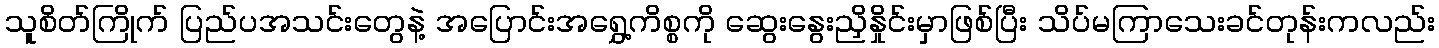
သူစိတ်ကြိုက် ပြည်ပအသင်းတွေနဲ့ အပြောင်းအရွှေ့ကိစ္စကို ဆွေးနွေးညှိနှိုင်းမှာဖြစ်ပြီး သိပ်မကြာသေးခင်တုန်းကလည်း